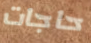
حاجات